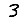
Digit: 3